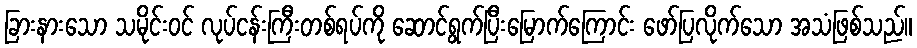
ခြားနားသော သမိုင်းဝင် လုပ်ငန်းကြီးတစ်ရပ်ကို ဆောင်ရွက်ပြီးမြောက်ကြောင်း ဖော်ပြလိုက်သော အသံဖြစ်သည်။